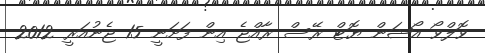
ވޮލްވޯ އޯޝަން ޔޮޓް ރޭސް ރާއްޖެ އިން ފަށަނީ 15 ޖެނުއަރީ 2012